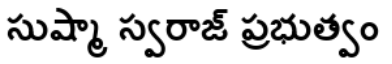
సుష్మా స్వరాజ్ ప్రభుత్వం